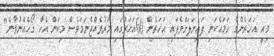
މިއީ އަހަރެންގެ ހަމައެކަނި ފައިނަލަށްވެފައި އަހަރެން 60އަހަރުގައި މަރުވެއްޖެނަމަވެސް މިކަން އެހާ ގޯހެއްނުވާނެ"